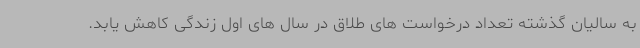
به سالیان گذشته تعداد درخواست های طلاق در سال های اول زندگی کاهش یابد.